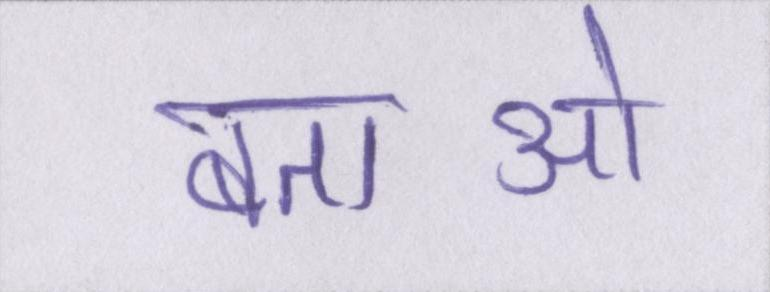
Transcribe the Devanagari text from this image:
बताओ